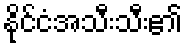
နိုင်ငံအသီးသီး၏